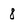
Character: 8